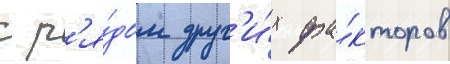
с р'я́дом друг'и́х фа́кторов